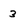
Character: 3